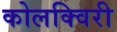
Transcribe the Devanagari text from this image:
कोलक्विरी